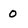
Character: 0